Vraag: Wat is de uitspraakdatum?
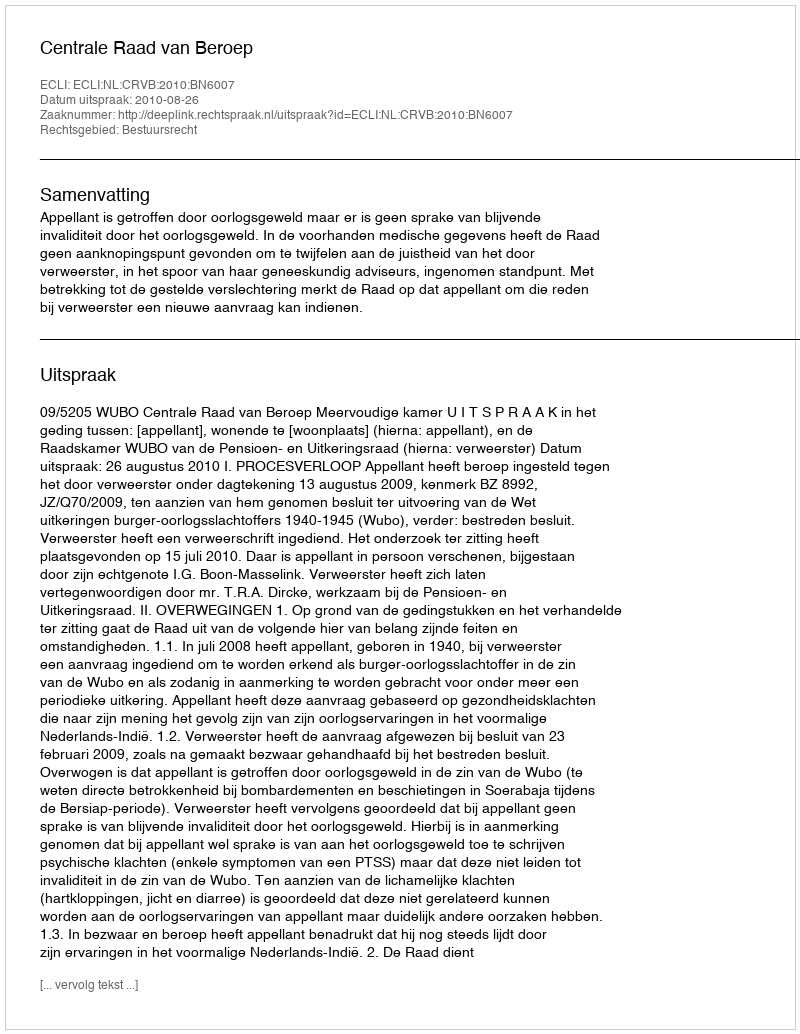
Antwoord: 2010-08-26